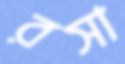
রসা